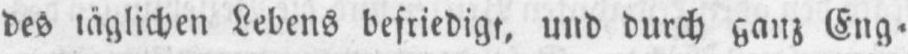
des täglichen Lebens befriedigt, und durch ganz Eng⸗